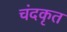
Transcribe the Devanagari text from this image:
चंदकृत